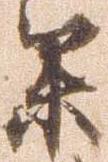
参